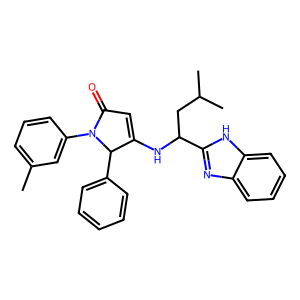
SMILES: Cc1cccc(N2C(=O)C=C(NC(CC(C)C)c3nc4ccccc4[nH]3)C2c2ccccc2)c1
Inhibits HIV replication: No